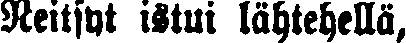
Neitsyt istui lähtehellä,